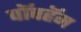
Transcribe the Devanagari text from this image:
पॉपहॅम